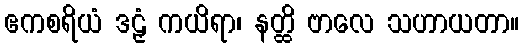
ဧကစရိယံ ဒဠှံ ကယိရာ၊ နတ္ထိ ဗာလေ သဟာယတာ။